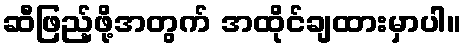
ဆီဖြည့်ဖို့အတွက် အထိုင်ချထားမှာပါ။